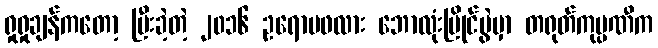
ရှုရှုချန်ကတော့ ပြီးခဲ့တဲ့ ၂၀၁၆ ဥရောပဖလား ဘောလုံးပြိုင်ပွဲမှာ တရုတ်ကုမ္ပဏီက